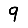
Digit: 9